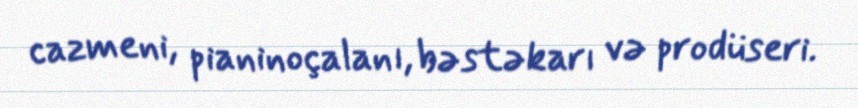
cazmeni, pianinoçalanı, bəstəkarı və prodüseri.